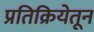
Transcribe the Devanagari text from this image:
प्रतिक्रियेतून